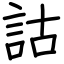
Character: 詁